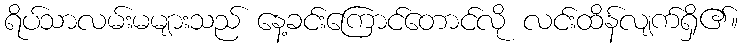
ရိပ်သာလမ်းမများသည် နေ့ခင်းကြောင်တောင်လို လင်းထိန်လျက်ရှိ၏။